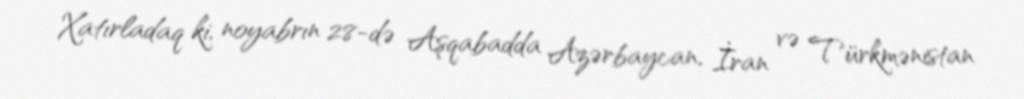
Xatırladaq ki, noyabrın 28-də Aşqabadda Azərbaycan, İran və Türkmənistan